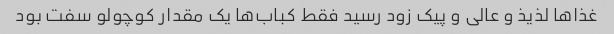
غذا‌ها لذیذ و عالی و پیک زود رسید فقط کباب‌ها یک مقدار کوچولو سفت بود